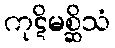
ကုဋိမစ္ဆိသံ